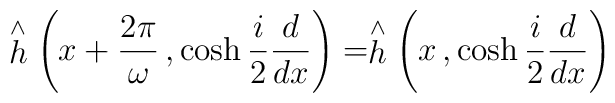
\stackrel{\wedge }{h} \left( x + \frac{2\pi}{\omega}\, ,\cosh\frac{i}{2}\frac{d}{dx}  \right) = \stackrel{\wedge }{h} \left( x \, ,\cosh\frac{i}{2}\frac{d}{dx}  \right)